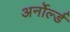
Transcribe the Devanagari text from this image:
अर्नोर्ल्ड